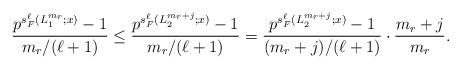
LaTeX: \begin{align*} \frac{p^{s_F^\ell(L_1^{m_r};x)}-1}{m_r/(\ell+1)} \le \frac{p^{s_F^\ell(L_2^{m_r+j};x)}-1}{m_r/(\ell+1)} = \frac{p^{s_F^\ell(L_2^{m_r+j};x)}-1}{(m_r+j)/(\ell+1)} \cdot \frac{m_r+j}{m_r}. \end{align*}